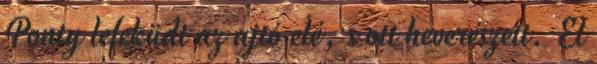
Ponty lefeküdt az ajtó elé, s ott heverészett. El